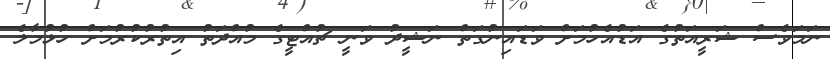
ނަމަވެސް ޝަރީއަތުގެ އަޑުއެހުމަށް ވަޑައިނުގަތް ނަޝީދު ވަނީ ޗުއްޓީގެ މުއްދަތު އިތުރުކުރުމަށް ހުޅުމާލެ